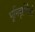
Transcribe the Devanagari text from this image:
भूमिदृष्टीपैकी